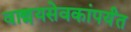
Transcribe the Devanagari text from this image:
वाङ्मयसेवकांपर्यंत